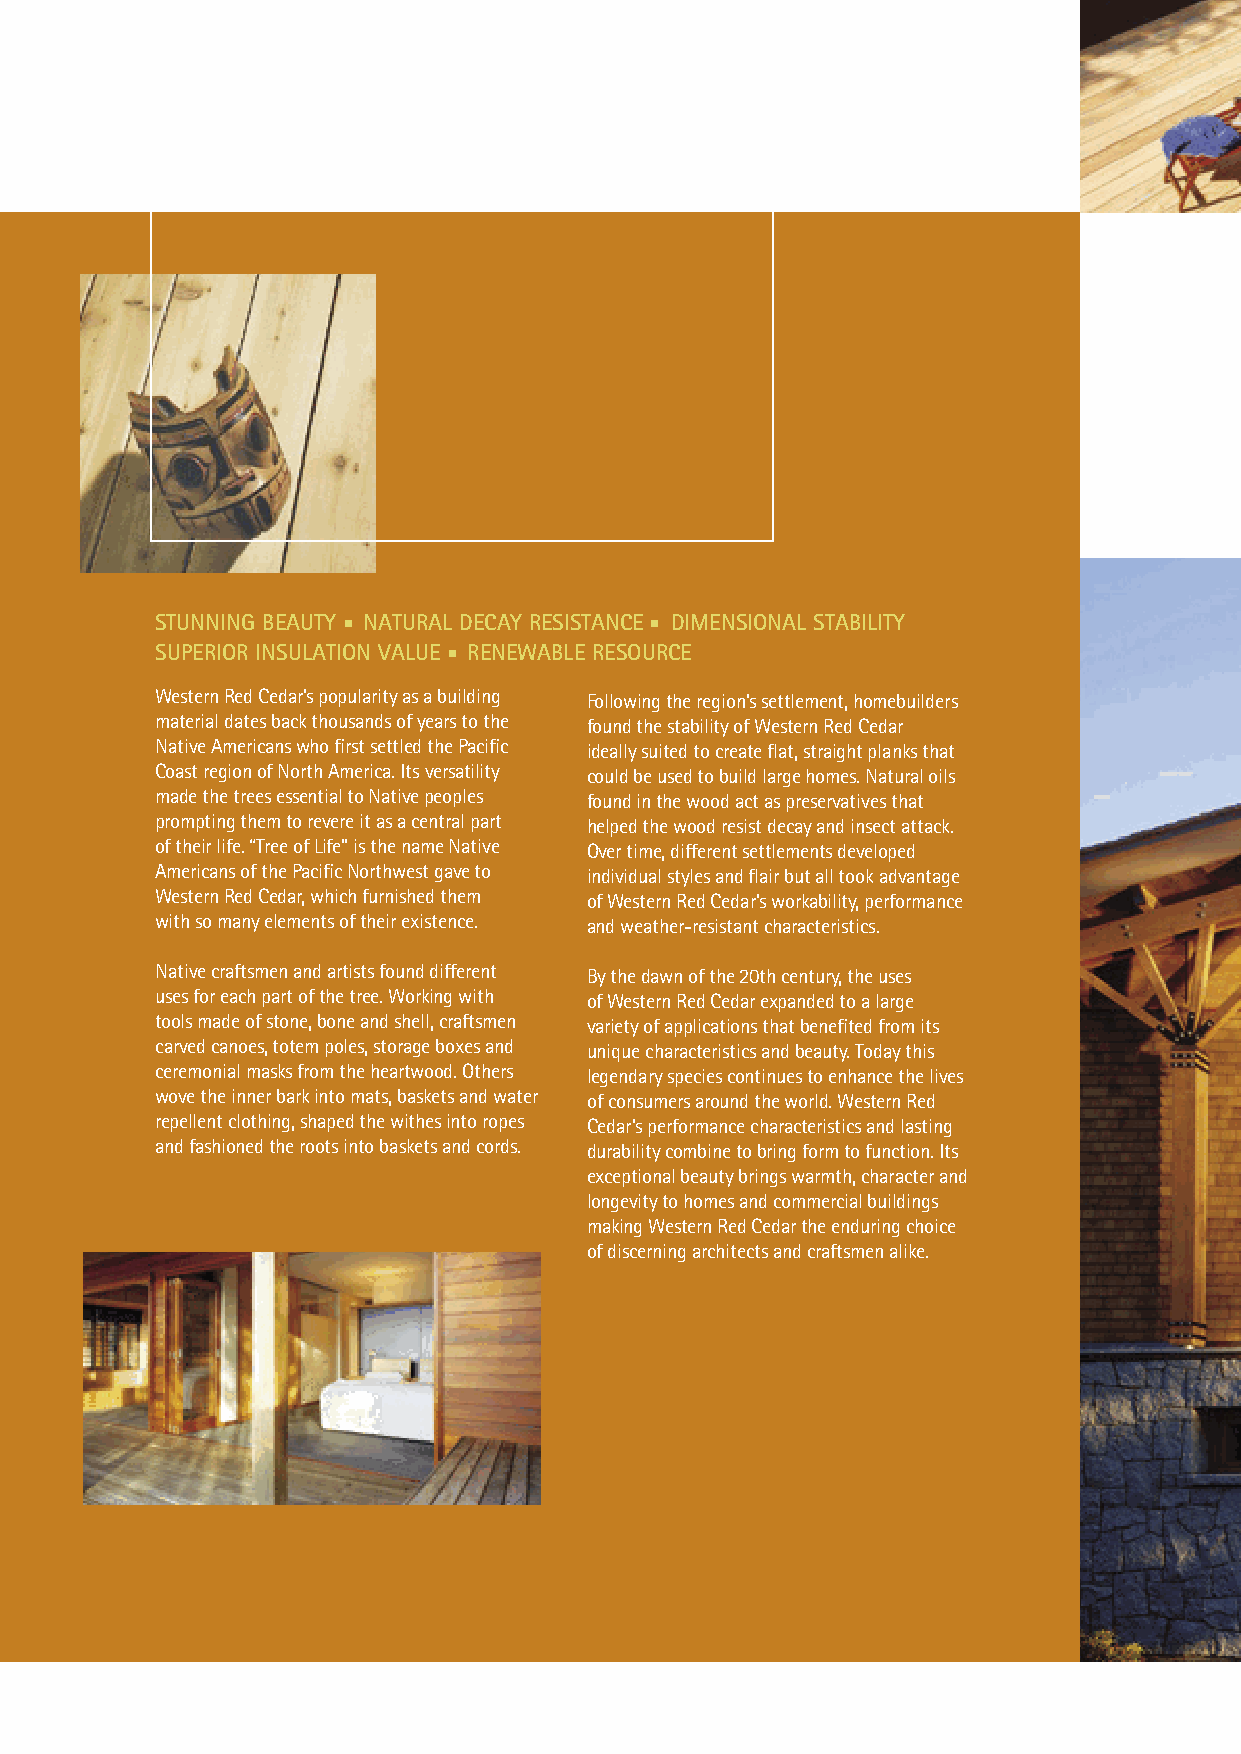
STUNNING BEAUTY NATURAL DECAY RESISTANCE DIMENSIONAL STABILITY
 SUPERIOR INSULATION VALUE RENEWABLE RESOURCE
 Western Red Cedar’s popularity as a building Following the region’s settlement, homebuilders
 material dates back thousands of years to the found the stability of Western Red Cedar
 Native Americans who first settled the Pacific ideally suited to create flat, straight planks that
 Coast region of North America. Its versatility could be used to build large homes. Natural oils
 made the trees essential to Native peoples found in the wood act as preservatives that
 prompting them to revere it as a central part helped the wood resist decay and insect attack.
 of their life. “Tree of Life” is the name Native Over time, different settlements developed
 Americans of the Pacific Northwest gave to individual styles and flair but all took advantage
 Western Red Cedar, which furnished them of Western Red Cedar’s workability, performance
 with so many elements of their existence. and weather-resistant characteristics.
 Native craftsmen and artists found different By the dawn of the 20th century, the uses
 uses for each part of the tree. Working with of Western Red Cedar expanded to a large
 tools made of stone, bone and shell, craftsmen variety of applications that benefited from its
 carved canoes, totem poles, storage boxes and unique characteristics and beauty. Today this
 ceremonial masks from the heartwood. Others legendary species continues to enhance the lives
 wove the inner bark into mats, baskets and water of consumers around the world. Western Red
 repellent clothing, shaped the withes into ropes Cedar’s performance characteristics and lasting
 and fashioned the roots into baskets and cords. durability combine to bring form to function. Its
 exceptional beauty brings warmth, character and
 longevity to homes and commercial buildings
 making Western Red Cedar the enduring choice
 of discerning architects and craftsmen alike.